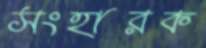
সংহারক